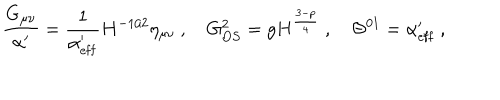
LaTeX: \frac { G _ { \mu \nu } } { \alpha ^ { \prime } } = \frac { 1 } { \alpha _ { \mathrm { e f f } } ^ { \prime } } H ^ { - 1 / 2 } \eta _ { \mu \nu } \ , \quad G _ { O S } ^ { 2 } = g H ^ { \frac { 3 - p } { 4 } } \ , \quad \Theta ^ { 0 1 } = \alpha _ { \mathrm { e f f } } ^ { \prime } \ ,